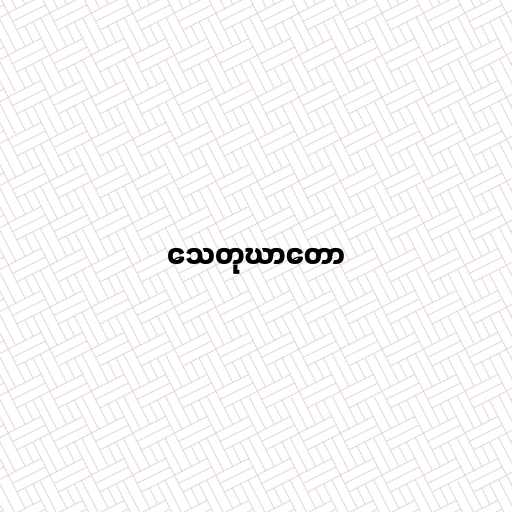
သေတုဃာတော